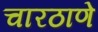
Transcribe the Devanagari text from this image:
चारठाणे